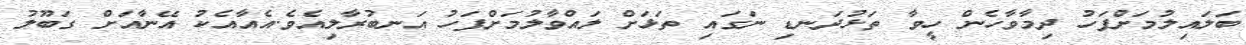
ބަލައިލުމަށްފަހު ދިމާވާހެން ހީވާ ތަޅުދަނޑި ނަގައި ތަޅަށް ލައްވާލުމަށްފަހު އަނބުރާލިއެވެ.އެއާއެކު އޭނާއަށް ގަބޫލު